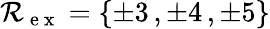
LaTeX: \mathcal R_{\mathrm{~e~x~}}=\{ \pm 3\, ,\pm 4\, ,\pm 5\}